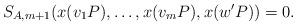
LaTeX: \begin{align*}S_{A,m+1}(x(v_1P),\ldots,x(v_{m}P),x(w'P))=0. \end{align*}